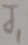
Text: J1